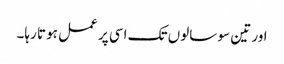
اور تین سو سالوں تک اسی پر عمل ہوتا رہا۔